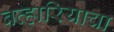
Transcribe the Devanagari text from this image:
बव्हारियाचा